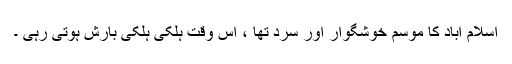
اسلام آباد کا موسم خوشگوار اور سرد تھا ، اس وقت ہلکی ہلکی بارش ہوتی رہی ۔